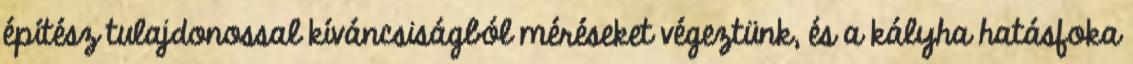
építész tulajdonossal kíváncsiságból méréseket végeztünk, és a kályha hatásfoka